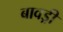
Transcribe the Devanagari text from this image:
बावड्री